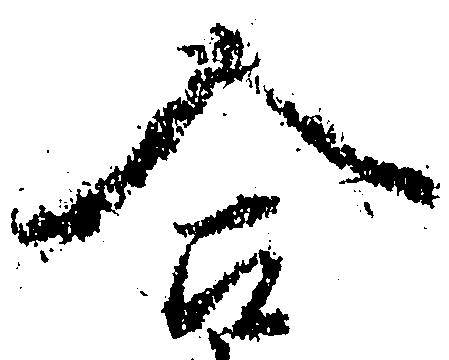
合